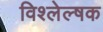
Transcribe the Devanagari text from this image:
विश्लेल्षक